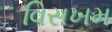
વિસખમ